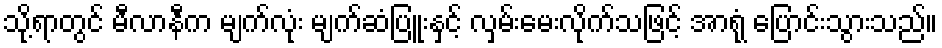
သို့ရာတွင် မီလာနီက မျက်လုံး မျက်ဆံပြူးနှင့် လှမ်းမေးလိုက်သဖြင့် အာရုံ ပြောင်းသွားသည်။